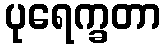
ပုရေက္ခတာ